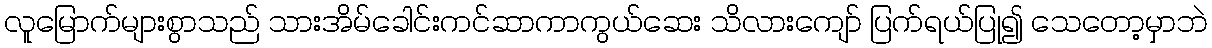
လူမြောက်များစွာသည် သားအိမ်ခေါင်းကင်ဆာကာကွယ်ဆေး သိလားကျော် ပြက်ရယ်ပြု၍ သေတော့မှာဘဲ